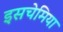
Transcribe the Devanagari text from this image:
इसचेमिया